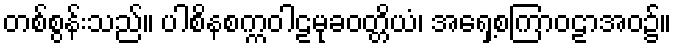
တစ်စွန်းသည်။ ပါစိနစက္ကဝါဠမုခဝတ္တိယံ၊ အရှေ့စကြာဝဠာအဝ၌။